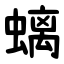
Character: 螭